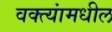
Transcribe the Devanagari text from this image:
वक्त्यांमधील